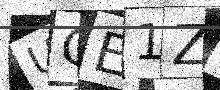
Text: UCE1ZH